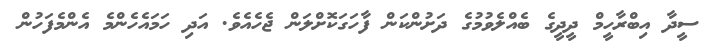
ސީދާ އިބްރާހީމް ދީދީގެ ބެއްލެވުމުގެ ދަށުންކަން ފާހަގަކޮށްލަން ޖެހެއެވެ. އަދި ހަމައެހެންމެ އެންމެފަހުން